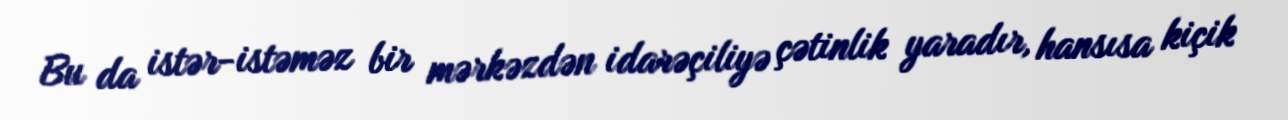
Bu da istər-istəməz bir mərkəzdən idarəçiliyə çətinlik yaradır, hansısa kiçik